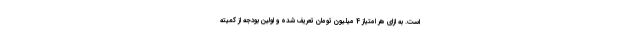
است. به ازای هر امتیاز 4 میلیون تومان تعریف شده و اولین بودجه از کمیته